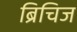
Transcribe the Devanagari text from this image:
ब्रिचिज